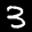
Label: 3